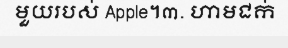
មួយរបស់ Apple។៣. ហាមជក់